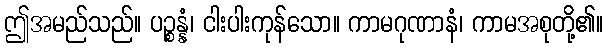
ဤအမည်သည်။ ပဉ္စန္နံ၊ ငါးပါးကုန်သော။ ကာမဂုဏာနံ၊ ကာမအစုတို့၏။